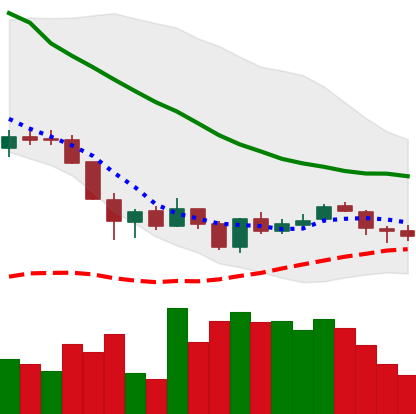
Ticker: LINK-USD
Chart end date: 2018-06-06
Forward return: -20.278%
Label: down_7plus